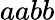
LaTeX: aabb